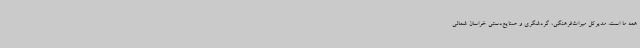
همه ما است. مدیرکل میراث‌فرهنگی، گردشگری و صنایع‌دستی خراسان شمالی